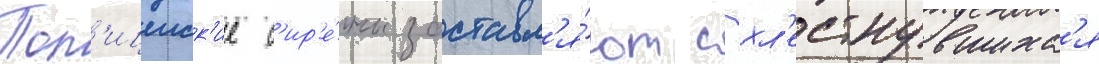
Пол'ицеиск'ие с'ир'е́ны заставл'я́ют схл'естнувшихс'я